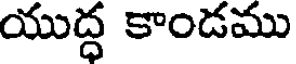
యుద్ధ కాండము